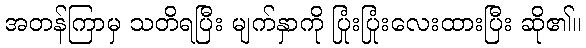
အတန်ကြာမှ သတိရပြီး မျက်နှာကို ပြုံးပြုံးလေးထားပြီး ဆို၏။